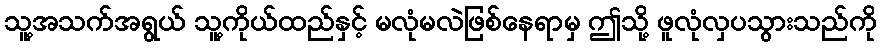
သူ့အသက်အရွယ် သူ့ကိုယ်ထည်နှင့် မလုံမလဲဖြစ်နေရာမှ ဤသို့ ဖူလုံလှပသွားသည်ကို